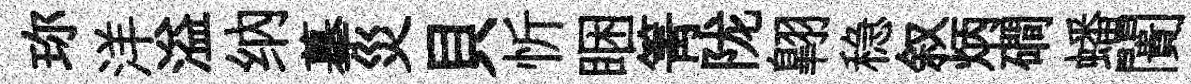
珎洋溢纳摹災貝忻睏箐陇翺稳叙炳磵蟠闠